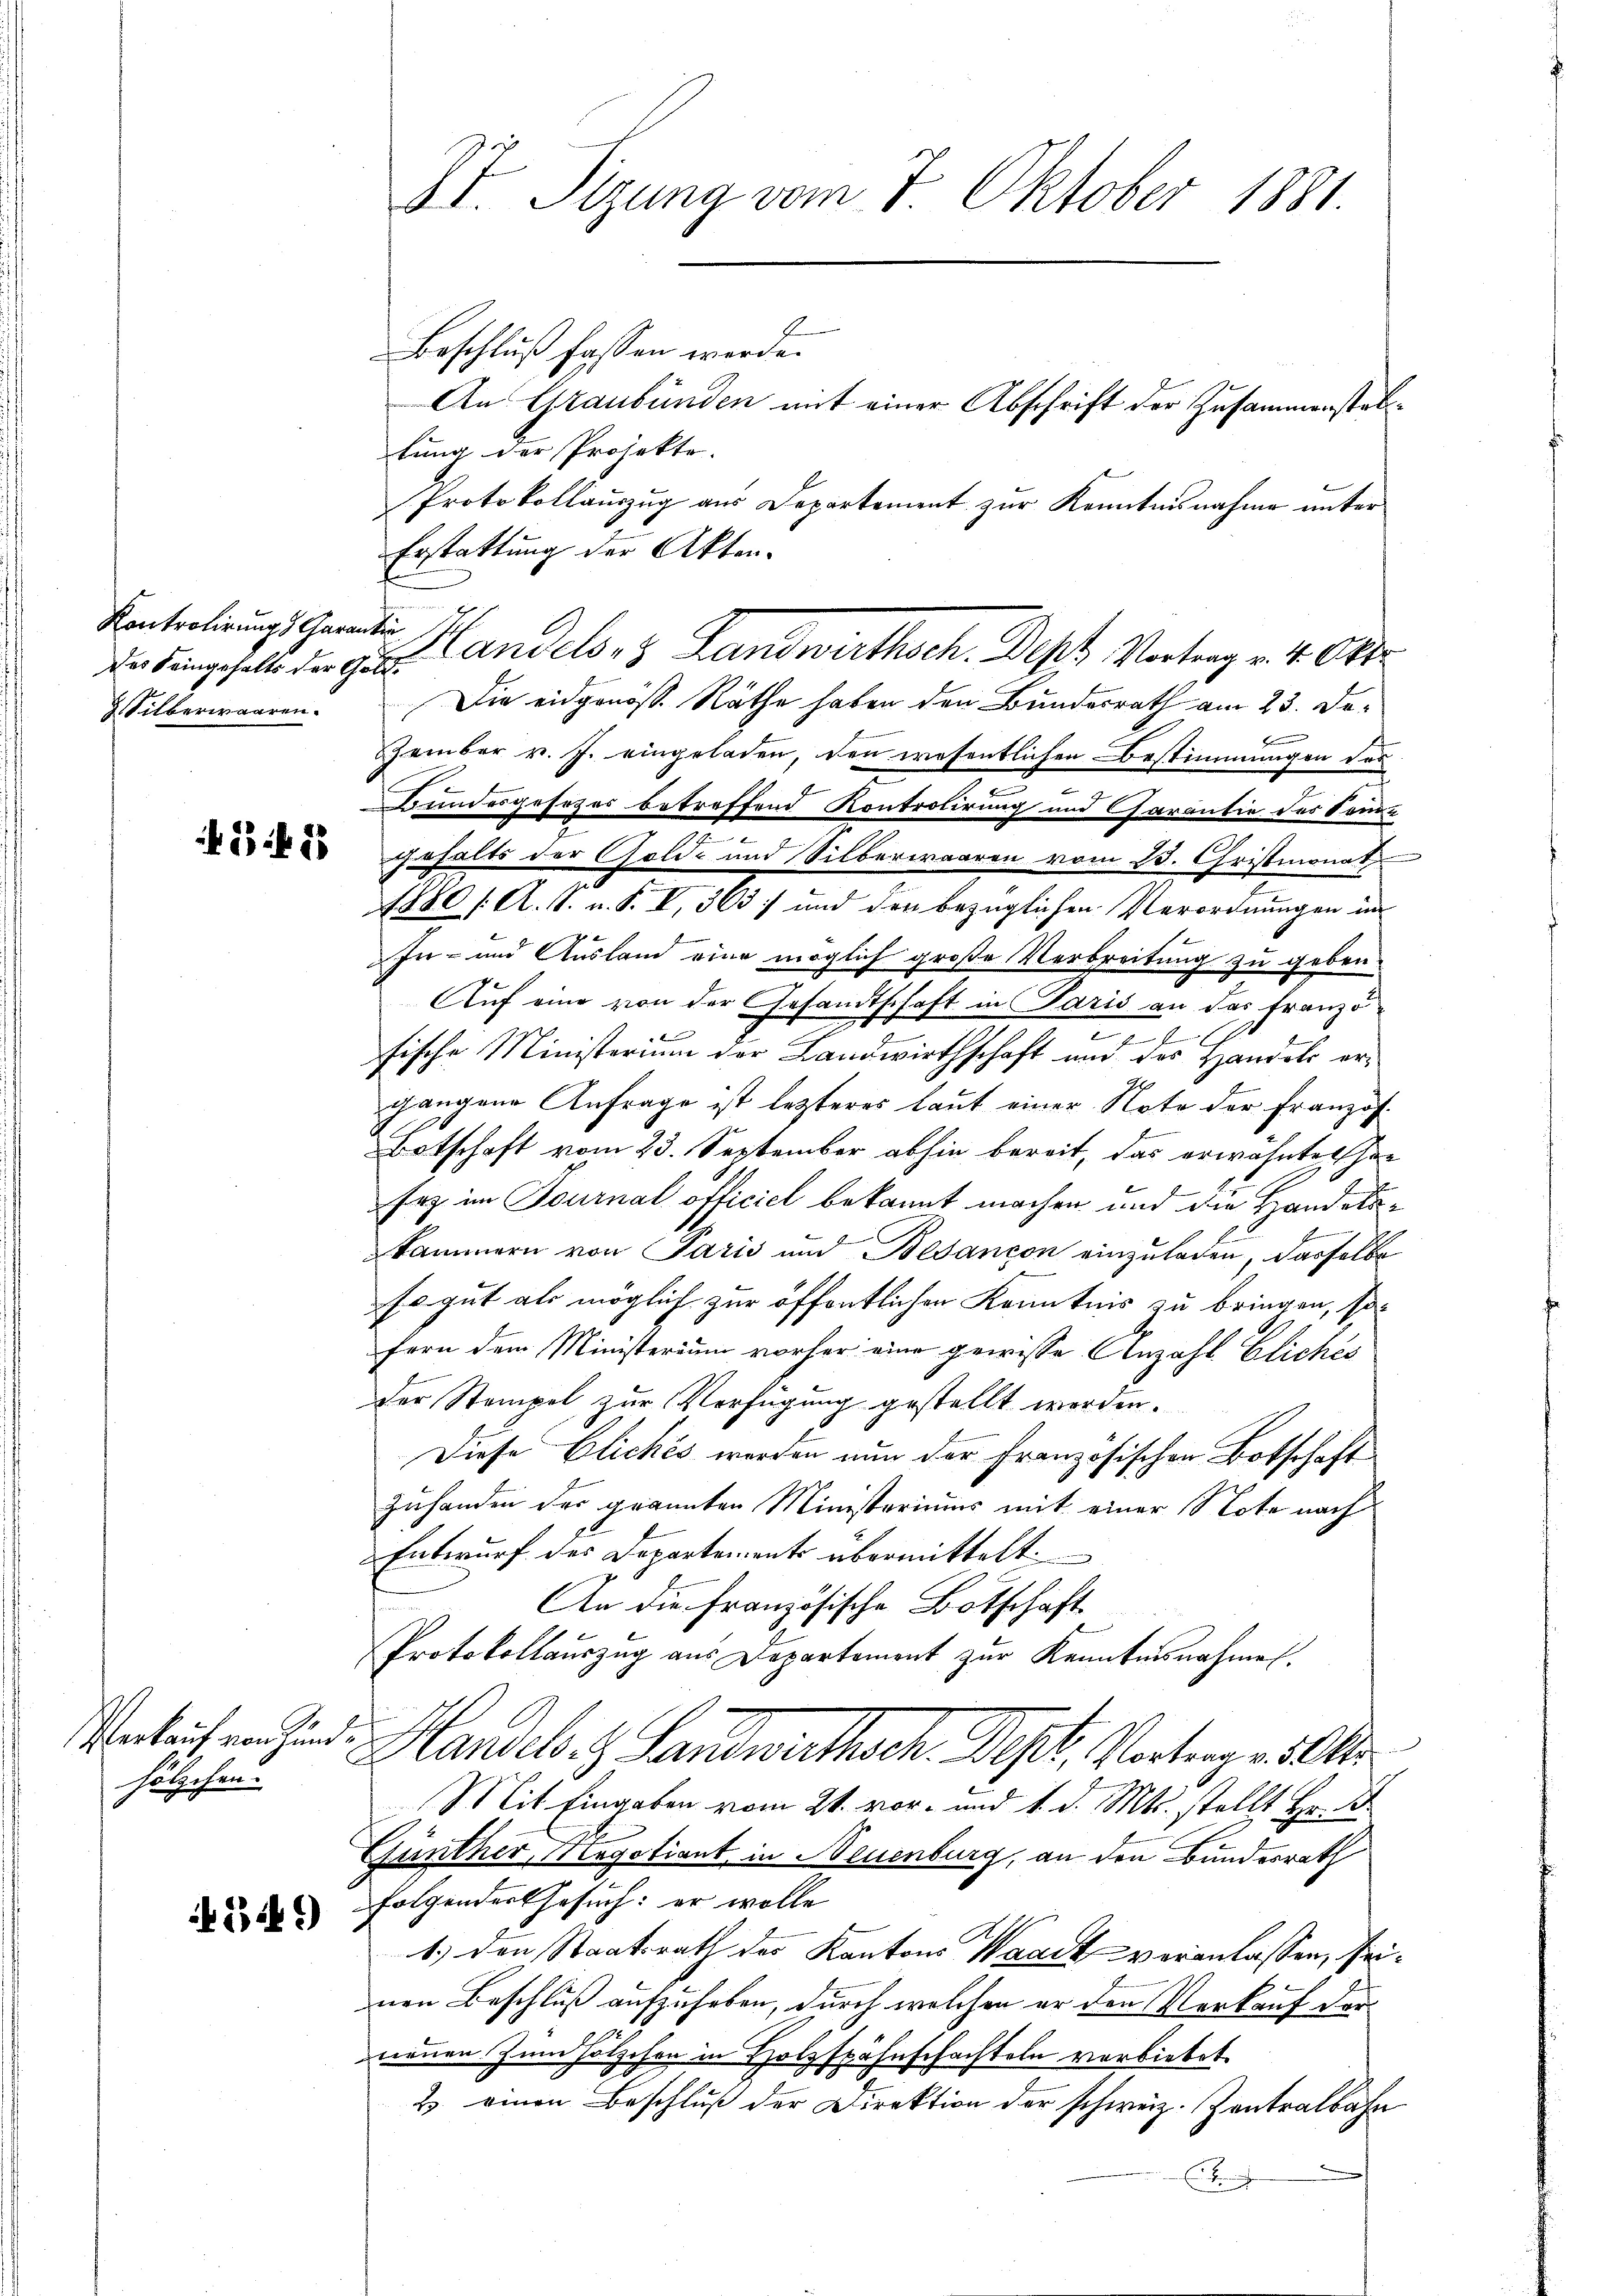
Kontrolirung Garantin
Silberwaaren.

45 f 15

hölzchen.

549)

XI. Sizung vom 7. Oktober 1881.

Beschluß fassen werde.
An Graubünden mit einer Abschrift der Zusammenstaltung der Projekte.
Protokollauszug aus Departement zur Kenntnisnahme unter
Erstattung der Akten-
die dangeselbe der zur Landels- & Landwirthsch. Des Vortrag v. 4. Okt
Die eidgenöss. Räthe haben den Bundesrath am 23. De¬
Zember v. J. eingeladen, den wesentlichen Bestimmungen des
m
Bundesgesezes betreffend Kontrolirung und Garantie des Somd
gehalts der Golde und Silberwaaren vom 23. Christmonat
1880 / A. S. v. P. V, 363 und den bezüglichen Verordnungen im
In- und Ausland eine möglich große Verbreitung zu geben.
Auf eine von der Gesandtschaft in Paris an das Franzö¬

.
t
fische Ministerium der Landwirthschaft und des Handels ergangene Anfrage ist letzteres laut einer Note der Französ.
Botschaft vom 23. September abhin bereit, das erwähntes Ehe
Erz im Fournal officiel bekannt machen und die Handelskammern von Paris und Besançon einzuladen, dasselbe
so gut als möglich zur öffentlichen Kenntnis zu bringen, sofern dem Ministerium vorher eine gewisse Anzahl Eliches
der Stempel zur Verfügung gestellt werden.
Diese Cliches werden nun der Französischen Botschaft
Zuhanden der grannten Ministeriums mit einer Note nach
Entwurf des Departements übermittelt.
An die Französische Botschaft
Protokollauszug aus Departement zur Kenntnisnahmen.
nkaufen sind. Handels. z. Landwirthsch. Dest, Vortrage 50kr
(Mit Eingaben vom 21. vor- und 1. d. Mts. stellt Hr. D
Günther, Negotiant in Neuenburg, an den Bundesrath
folgender Gesuch: er wolle
1.) Den Staatsrath des Kantons Waadt veranlassen, seinen Beschluß aufzuheben, durch welchen er der Verkauf derneuen zum Holzchen in Holzspähnschachteln verbietet.
2. einen Beschluß der Direktion der schweiz. Zentralbahn
Es bereiche